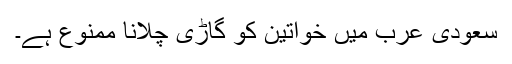
سعودی عرب میں خواتین کو گاڑی چلانا ممنوع ہے۔